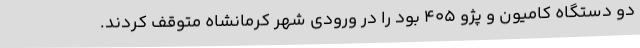
دو دستگاه کامیون و پژو 405 بود را در ورودی شهر کرمانشاه متوقف کردند.